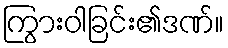
ကြွားဝါခြင်း၏ဒဏ်။